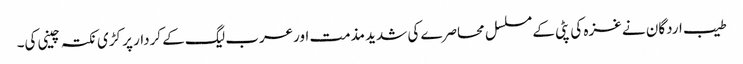
طیب اردگان نے غزہ کی پٹی کے مسلسل محاصرے کی شدید مذمت اورعرب لیگ کے کردار پر کڑی نکتہ چینی کی۔